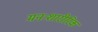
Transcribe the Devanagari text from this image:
मनःशारीरिक